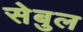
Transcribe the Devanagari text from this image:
सेबुल